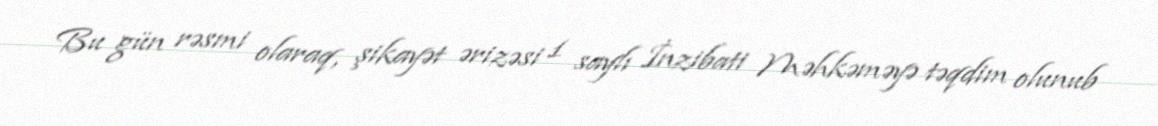
Bu gün rəsmi olaraq, şikayət ərizəsi 1 saylı İnzibati Məhkəməyə təqdim olunub